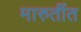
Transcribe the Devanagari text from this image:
मारुतींत